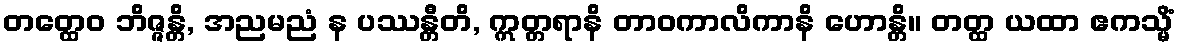
တတ္ထေဝ ဘိဇ္ဇန္တိ, အညမညံ န ပဿန္တီတိ, ဣတ္တရာနိ တာဝကာလိကာနိ ဟောန္တိ။ တတ္ထ ယထာ ဧကသ္မိံ